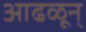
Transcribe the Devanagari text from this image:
आढळून्